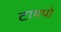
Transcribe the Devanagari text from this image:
टायपो